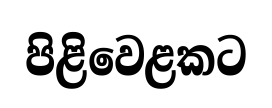
පිළිවෙළකට